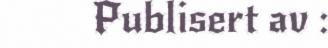
Publisert av :